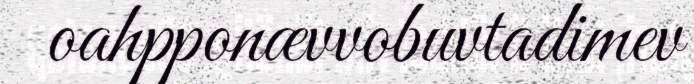
oahpponævvobuvtadimev